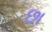
છા